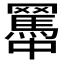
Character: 𦌱